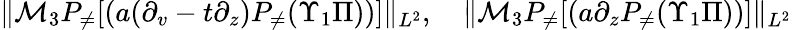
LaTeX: \begin{array}{r}{\| \mathcal{M}_{3}P_{\neq}[(a(\partial_{v}-t\partial_{z})P_{\neq}(\Upsilon_{1}\Pi))]\| _{L^{2}},\quad\| \mathcal{M}_{3}P_{\neq}[(a\partial_{z}P_{\neq}(\Upsilon_{1}\Pi))]\| _{L^{2}}}\end{array}